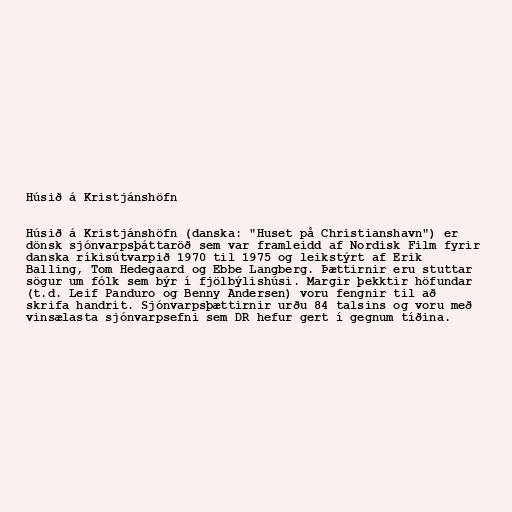
Húsið á Kristjánshöfn

Húsið á Kristjánshöfn (danska: "Huset på Christianshavn") er
dönsk sjónvarpsþáttaröð sem var framleidd af Nordisk Film fyrir
danska ríkisútvarpið 1970 til 1975 og leikstýrt af Erik
Balling, Tom Hedegaard og Ebbe Langberg. Þættirnir eru stuttar
sögur um fólk sem býr í fjölbýlishúsi. Margir þekktir höfundar
(t.d. Leif Panduro og Benny Andersen) voru fengnir til að
skrifa handrit. Sjónvarpsþættirnir urðu 84 talsins og voru með
vinsælasta sjónvarpsefni sem DR hefur gert í gegnum tíðina.